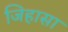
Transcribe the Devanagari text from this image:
जिहासा